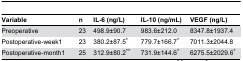
| Variable | n | IL-6 (ng/L) | IL-10 (ng/mL) | VEGF (ng/L) |
 | --- | --- | --- | --- | --- |
 | Preoperative | 23 | 498.9±90.7 | 983.6±212.0 | 8347.8±1937.4 |
 | Postoperative-week1 | 23 | 380.2±87.5* | 779.7±166.7* | 7011.3±2044.8 |
 | Postoperative-month1 | 25 | 312.9±80.2** | 731.9±144.6* | 6275.5±2029.6* |